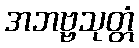
အဘဗ္ဗသုတ္တံ